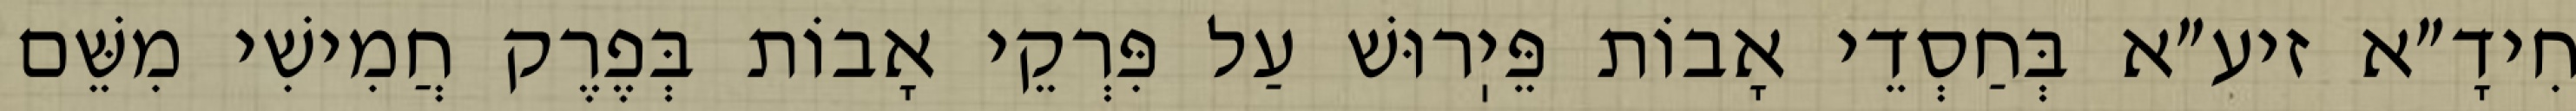
חִידָ״א זיע״א בְּחַסְדֵי אָבוֹת פֵּיֽרוּשׁ עַל פִּרְקֵי אָבוֹת בְּפֶרֶק חֲמִישִׁי מִשֵּׁם